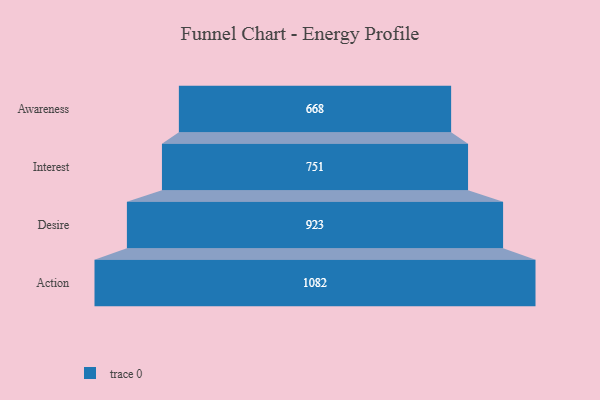
{"axis": {"x": "Stage", "y": "Value"}, "legend": [""], "data": [{"x": "Awareness", "y": 668.0, "type": ""}, {"x": "Interest", "y": 751.0, "type": ""}, {"x": "Desire", "y": 923.0, "type": ""}, {"x": "Action", "y": 1082.0, "type": ""}]}